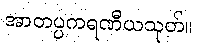
အာတပ္ပကရဏီယသုတ်။